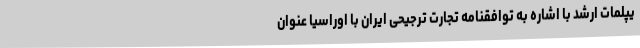
یپلمات ارشد با اشاره به توافقنامه تجارت ترجیحی ایران با اوراسیا عنوان